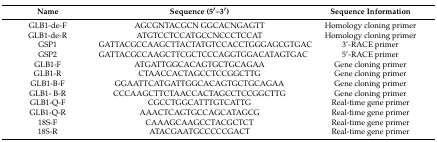
<table><thead><tr><td><b>Name</b></td><td><b>Sequence (5′–3′)</b></td><td><b>Sequence Information</b></td></tr></thead><tbody><tr><td>GLB1-de-F</td><td>AGCGNTACGCN GGCACNGAGTT</td><td>Homology cloning primer</td></tr><tr><td>GLB1-de-R</td><td>ATGTCCTCCATGCCNCCCTCCAT</td><td>Homology cloning primer</td></tr><tr><td>GSP1</td><td>GATTACGCCAAGCTTACTATGTCCACCTGGGAGCGTGAC</td><td>3’-RACE primer</td></tr><tr><td>GSP2</td><td>GATTACGCCAAGCTTCGCTCCCAGGTGGACATAGTGAC</td><td>5’-RACE primer</td></tr><tr><td>GLB1-F</td><td>ATGATTGGCACAGTGCTGCAGAA</td><td>Gene cloning primer</td></tr><tr><td>GLB1-R</td><td>CTAACCACTAGCCTCCGGCTTG</td><td>Gene cloning primer</td></tr><tr><td>GLB1-B-F</td><td>GGAATTCATGATTGGCACAGTGCTGCAGAA</td><td>Gene cloning primer</td></tr><tr><td>GLB1- B-R</td><td>CCCAAGCTTCTAACCACTAGCCTCCGGCTTG</td><td>Gene cloning primer</td></tr><tr><td>GLB1-Q-F</td><td>CGCCTGGCATTTGTCATTG</td><td>Real-time gene primer</td></tr><tr><td>GLB1-Q-R</td><td>AAACTCAGTGCCAGCATAGCG</td><td>Real-time gene primer</td></tr><tr><td>18S-F</td><td>CAAAGCAAGCCTACGCTCT</td><td>Real-time gene primer</td></tr><tr><td>18S-R</td><td>ATACGAATGCCCCCGACT</td><td>Real-time gene primer</td></tr></tbody></table>